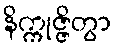
နိက္ကုဇ္ဇိတွာ